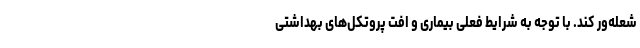
شعله‌ور کند. با توجه به شرایط فعلی بیماری و افت پروتکل‌های بهداشتی